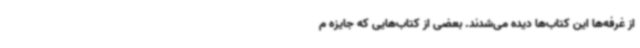
از غرفه‌ها این کتاب‌ها دیده می‌شدند. بعضی از کتاب‌هایی که جایزه م